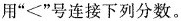
用”<”号连接下列分数。